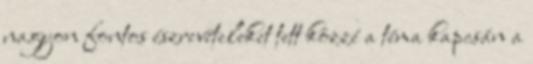
nagyon fontos észrevételeket tett közzé a téma kapcsán a